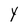
Character: Y